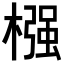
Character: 𣚦